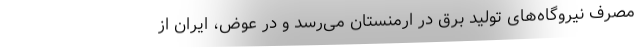
مصرف نیروگاه‌های تولید برق در ارمنستان می‌رسد و در عوض، ایران از